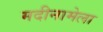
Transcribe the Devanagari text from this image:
मदीनामेला